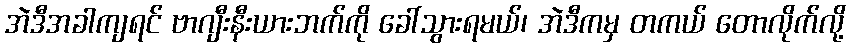
အဲဒီအခါကျရင် ဗာဂျီးနီးယားဘက်ကို ခေါ်သွားရမယ်၊ အဲဒီကမှ တကယ် တောလိုက်လို့